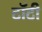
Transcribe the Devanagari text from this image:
टॉटी